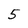
Character: 5